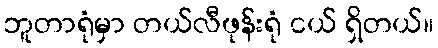
ဘူတာရုံမှာ တယ်လီဖုန်းရုံ ငယ် ရှိတယ်။